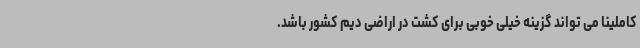
کاملینا می تواند گزینه خیلی خوبی برای کشت در اراضی دیم کشور باشد.